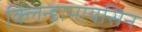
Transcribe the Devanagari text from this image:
क्लिन्डामायसिन